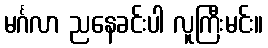
မင်္ဂလာ ညနေခင်းပါ လူကြီးမင်း။